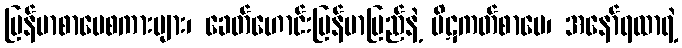
မြန်မာစာပေစကားများ၊ ခေတ်ဟောင်းမြန်မာပြည်နဲ့ ပိဋကတ်စာပေ၊ အနော်ရထာရဲ့